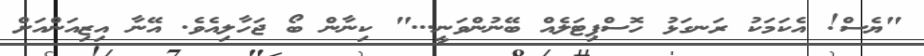
"ޔެސް! އެކަމަކު ރަނގަޅު ހޮސްޕިޓަލެއް ބޭނުންވަނީ..." ކިނާން ބޯ ޖަހާލިއެވެ. އޭނާ އިޒިއަންއަށް